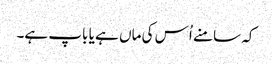
کہ سامنے اُس کی ماں ہے یا باپ ہے۔